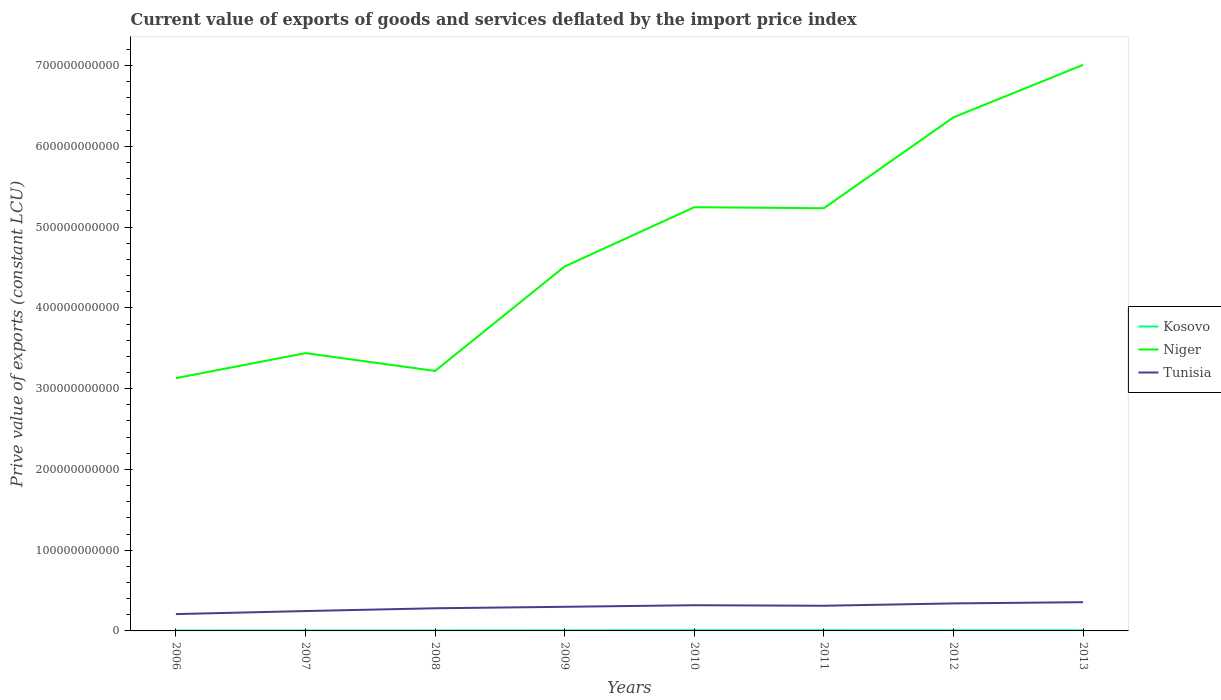
| Years | Kosovo | Niger | Tunisia |
 | --- | --- | --- | --- |
 | 2006 | 4.62e+08 | 3.13e+11 | 2.08e+10 |
 | 2007 | 5.88e+08 | 3.44e+11 | 2.46e+10 |
 | 2008 | 6.11e+08 | 3.22e+11 | 2.81e+10 |
 | 2009 | 7.33e+08 | 4.51e+11 | 2.99e+10 |
 | 2010 | 8.72e+08 | 5.25e+11 | 3.18e+10 |
 | 2011 | 8.7e+08 | 5.23e+11 | 3.12e+10 |
 | 2012 | 8.13e+08 | 6.36e+11 | 3.41e+10 |
 | 2013 | 8.15e+08 | 7.01e+11 | 3.56e+10 |